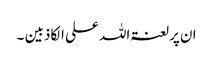
ان پرلعنتہ اللہ علی الکاذبین ۔